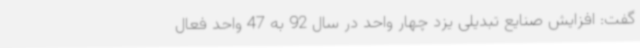
گفت:‌ افزایش صنایع تبدیلی یزد چهار واحد در سال 92 به 47 واحد فعال